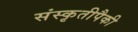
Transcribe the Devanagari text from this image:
संस्कृतीपैकी